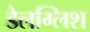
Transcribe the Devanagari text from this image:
डेलग्लिश